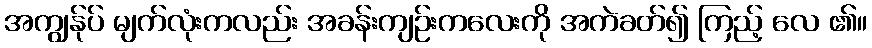
အကျွန်ုပ် မျက်လုံးကလည်း အခန်းကျဉ်းကလေးကို အကဲခတ်၍ ကြည့် လေ ၏။